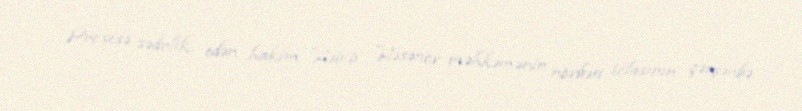
Prosesə sədrlik edən hakim Həbib Həsənov məhkəmənin növbəti iclasının çərşənbə